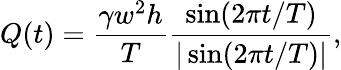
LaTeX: Q(t)=\frac{\gamma w^{2}h}{T}\frac{\sin(2\pi t/T)}{|\sin(2\pi t/T)|},